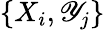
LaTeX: \{ X_{i},\mathscr{Y}_{j}\}